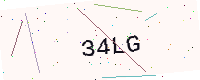
Text: 34LG